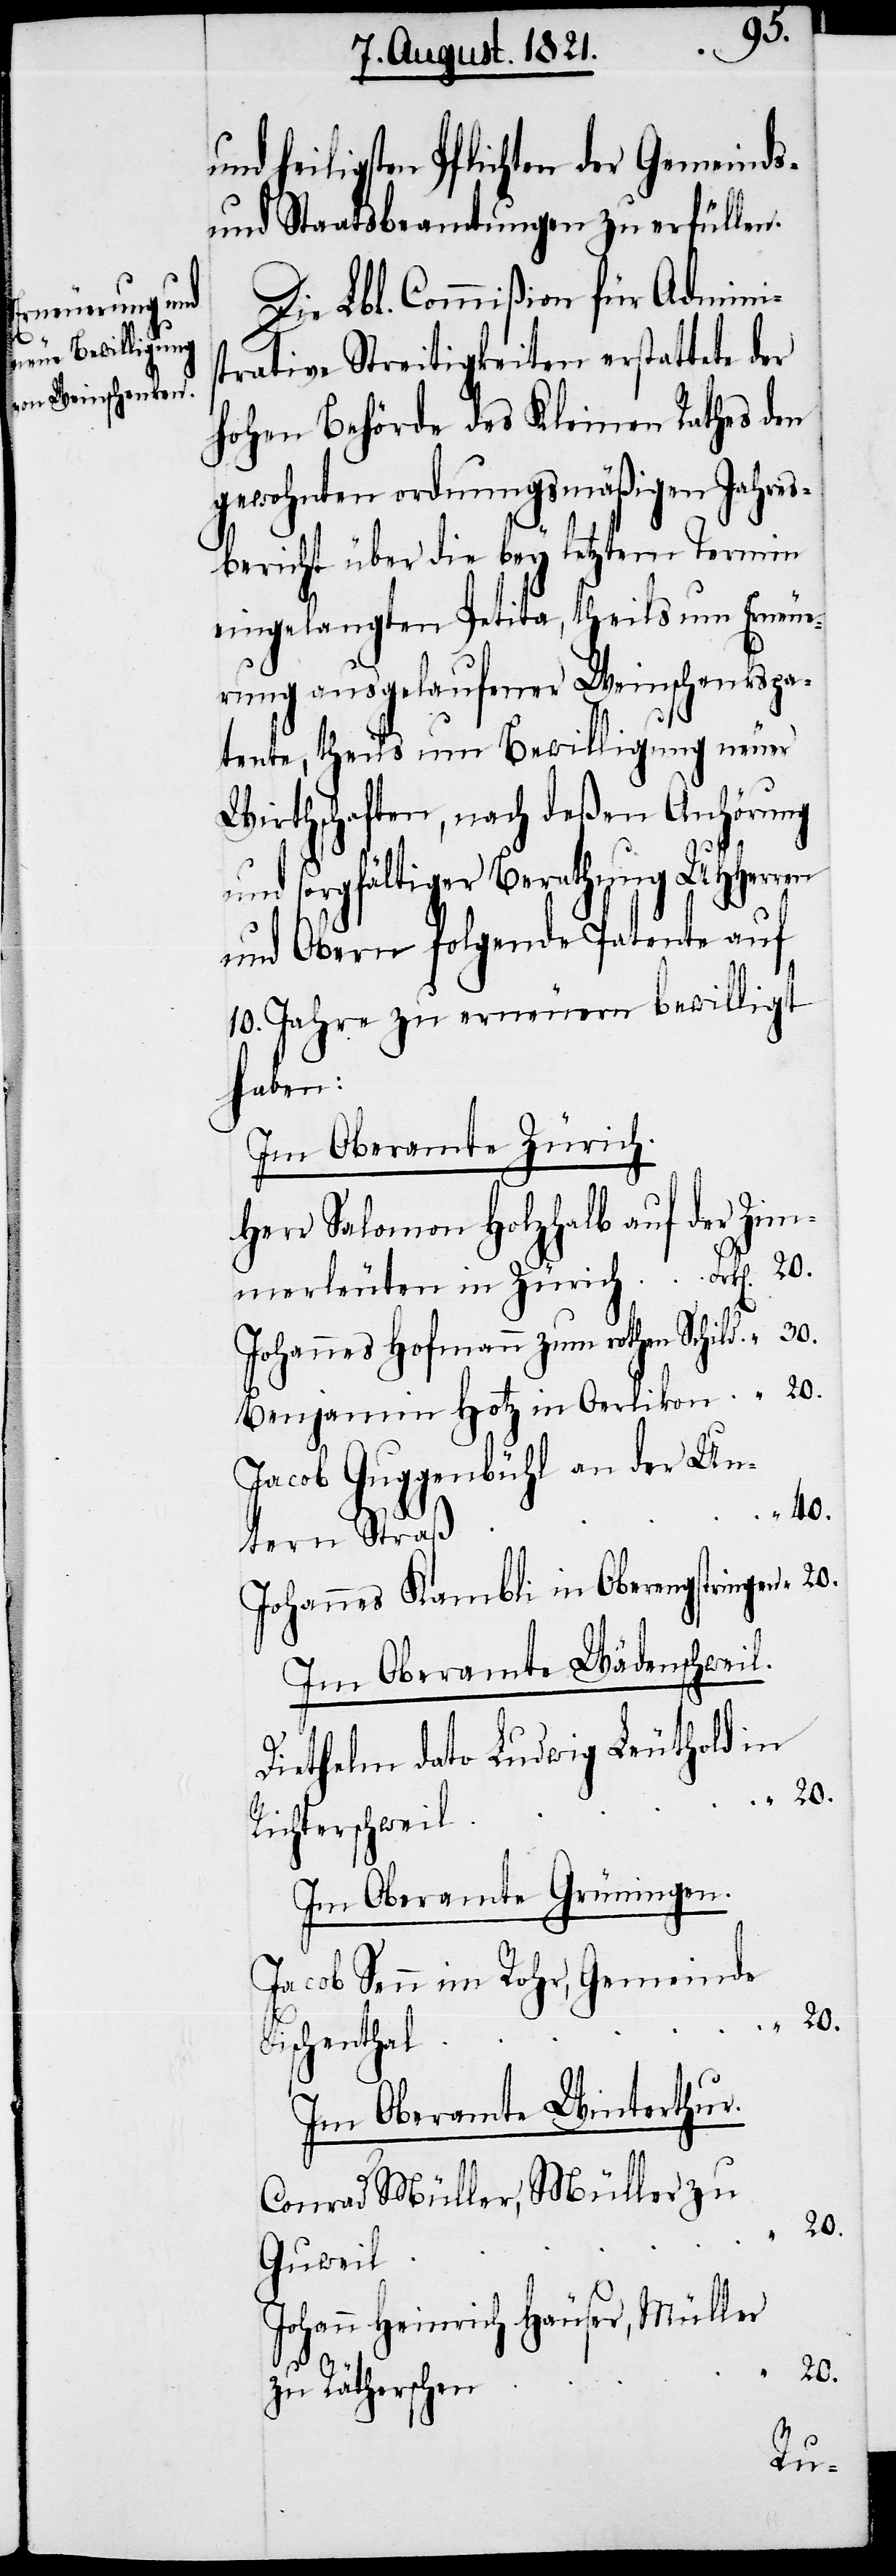
heiligsten Pflichten der Gemeinds-
und Staatsbeamtungen zu erfüllen.
Die Lbl. Commißion für Adminis¬
trative Streitigkeiten erstattet der
hohen Behörde des Kleinen Rathes den
gewohnten ordnungsmäßigen Jahres¬
bericht über die bey letztem Termin
eingelangte Petito, theils um Erneue¬
rung ausgelaufener Weinschenkspa¬
tente, theils um Bewilligung neuer
Wirthschaften, nach deßen Anhörung
und sorgfältiger Berathung UHHerren
und Obern folgende Patente auf
10. Jahre zu erneuern bewilligt
haben:
Im Oberamte Zürich.
Herr Salomon Holzhalb auf der Zim¬
merleuten in Zürich.	Frk[en]. 	20.
Johannes Hofmann zum rothen Schild.	“	30.
Benjamin Hotz in Oerlikon.	“	20.
Jacob Guggenbühl an der Un¬
Johannes Kambli in Oberengstringe¬
Im Oberamte Wädenschweil.
Diethelm dato Ludwig Leuthold in
Im Oberamte Grüningen.
Jacob Senn im Rohr, Gemeinde
n.	“	20.
Im Oberamte Winterthur.
Conrad Müller, Müller zu
Guweil.
Johann Heinrich Hauser, Müller
zu Räthersche¬
tern